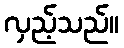
လှည့်သည်။